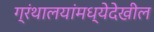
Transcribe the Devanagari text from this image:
ग्रंथालयांमध्येदेखील